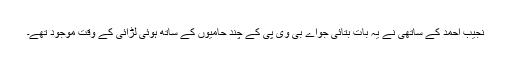
نجیب احمد کے ساتھی نے یہ بات بتائی جواے بی وی پی کے چند حامیوں کے ساتھ ہوئی لڑائی کے وقت موجود تھے۔